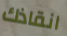
انقاذك